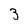
Character: 3